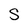
Character: S